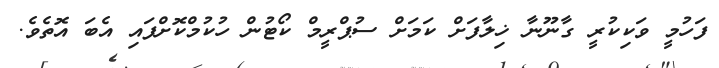
ފަހުމީ ވަކިކުރީ ގާނޫނާ ޚިލާފަށް ކަމަށް ސުޕްރީމް ކޯޓުން ހުކުމްކޮށްފައި އެބަ އޮތެވެ.